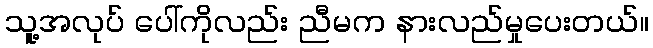
သူ့အလုပ် ပေါ်ကိုလည်း ညီမက နားလည်မှုပေးတယ်။